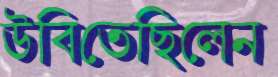
উবিতেছিলেন